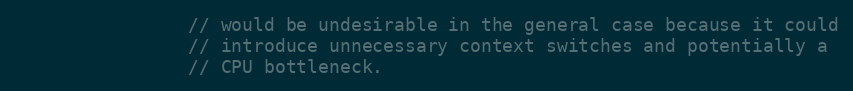
Language: C
                // would be undesirable in the general case because it could
                // introduce unnecessary context switches and potentially a
                // CPU bottleneck.